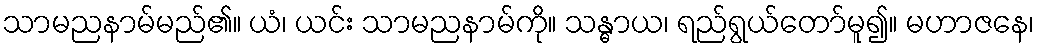
သာမညနာမ်မည်၏။ ယံ၊ ယင်း သာမညနာမ်ကို။ သန္ဓာယ၊ ရည်ရွယ်တော်မူ၍။ မဟာဇနေ၊